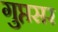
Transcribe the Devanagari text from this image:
गुप्तसर